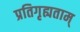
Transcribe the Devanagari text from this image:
प्रतिगृह्यताम्